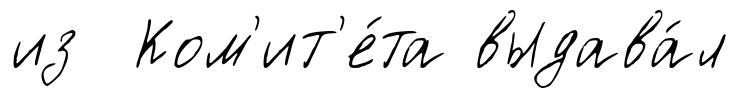
из Ком'ит'е́та выдава́л